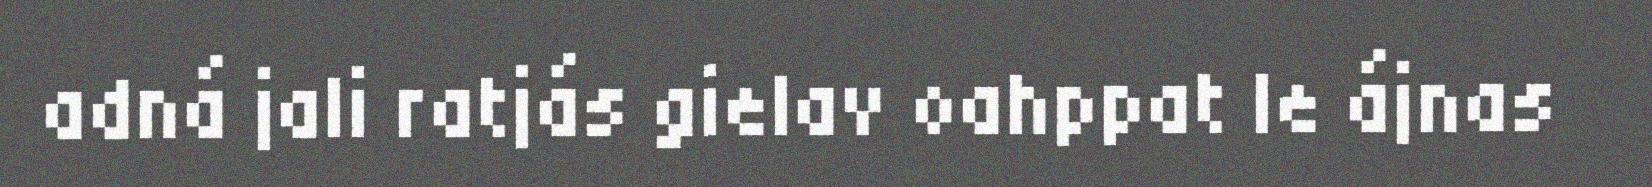
adná jali ratjás gielav oahppat le ájnas